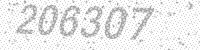
Solution: 206307